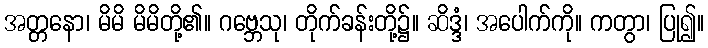
အတ္တနော၊ မိမိ မိမိတို့၏။ ဂဗ္ဘေသု၊ တိုက်ခန်းတို့၌။ ဆိဒ္ဒံ၊ အပေါက်ကို။ ကတွာ၊ ပြု၍။